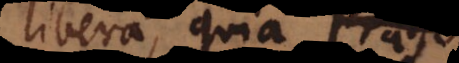
libera, quia praesc